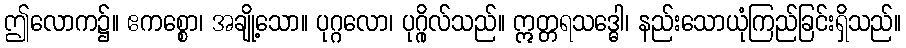
ဤလောက၌။ ဧကစ္စော၊ အချို့သော။ ပုဂ္ဂလော၊ ပုဂ္ဂိုလ်သည်။ ဣတ္တရသဒ္ဓေါ၊ နည်းသောယုံကြည်ခြင်းရှိသည်။